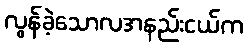
လွန်ခဲ့သောလအနည်းငယ်က